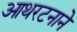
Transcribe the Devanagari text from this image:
आथरटनाने